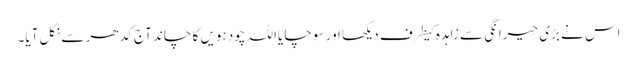
اس نے بڑی حیرانگی سے زاہدہ کیطرف دیکھا اور سوچا یااللہ چودہویں کا چاند آج کدھر سے نکل آیا۔